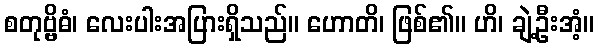
စတုဗ္ဗိဓံ၊ လေးပါးအပြားရှိသည်။ ဟောတိ၊ ဖြစ်၏။ ဟိ၊ ချဲ့ဦးအံ့။